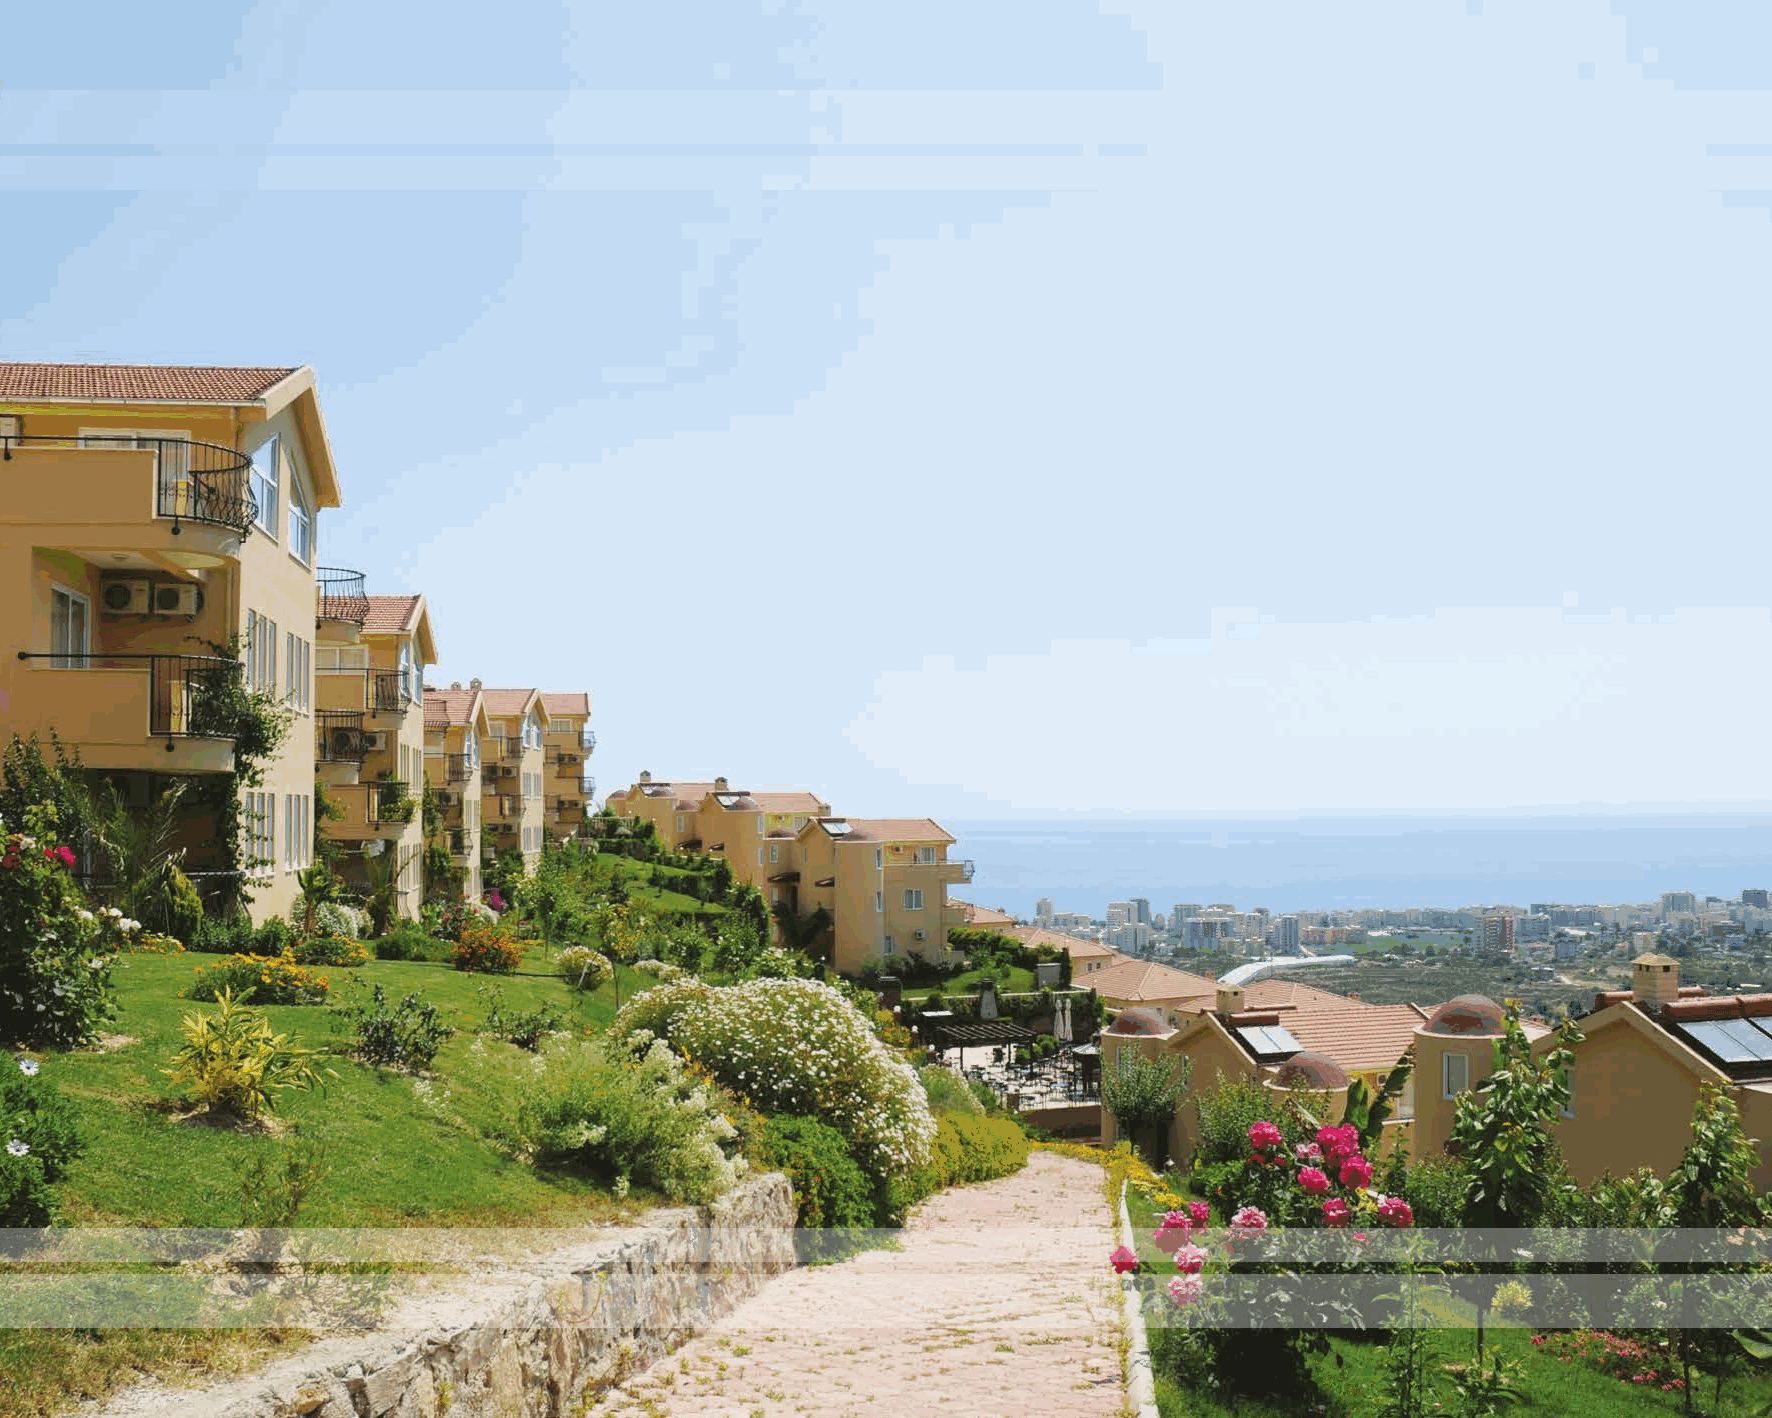
GOLDCITY SPORT COMPLEX             GOLDCITY SPORT COMPLEX
 GOLDCITY SPORT COMPLEX GOLDCITY SPORT COMPLEX GOLDCITY SPORT COMPLEX GOLDCITY SPORT COMPLEXGOLDCITY SPORT COMPLEX